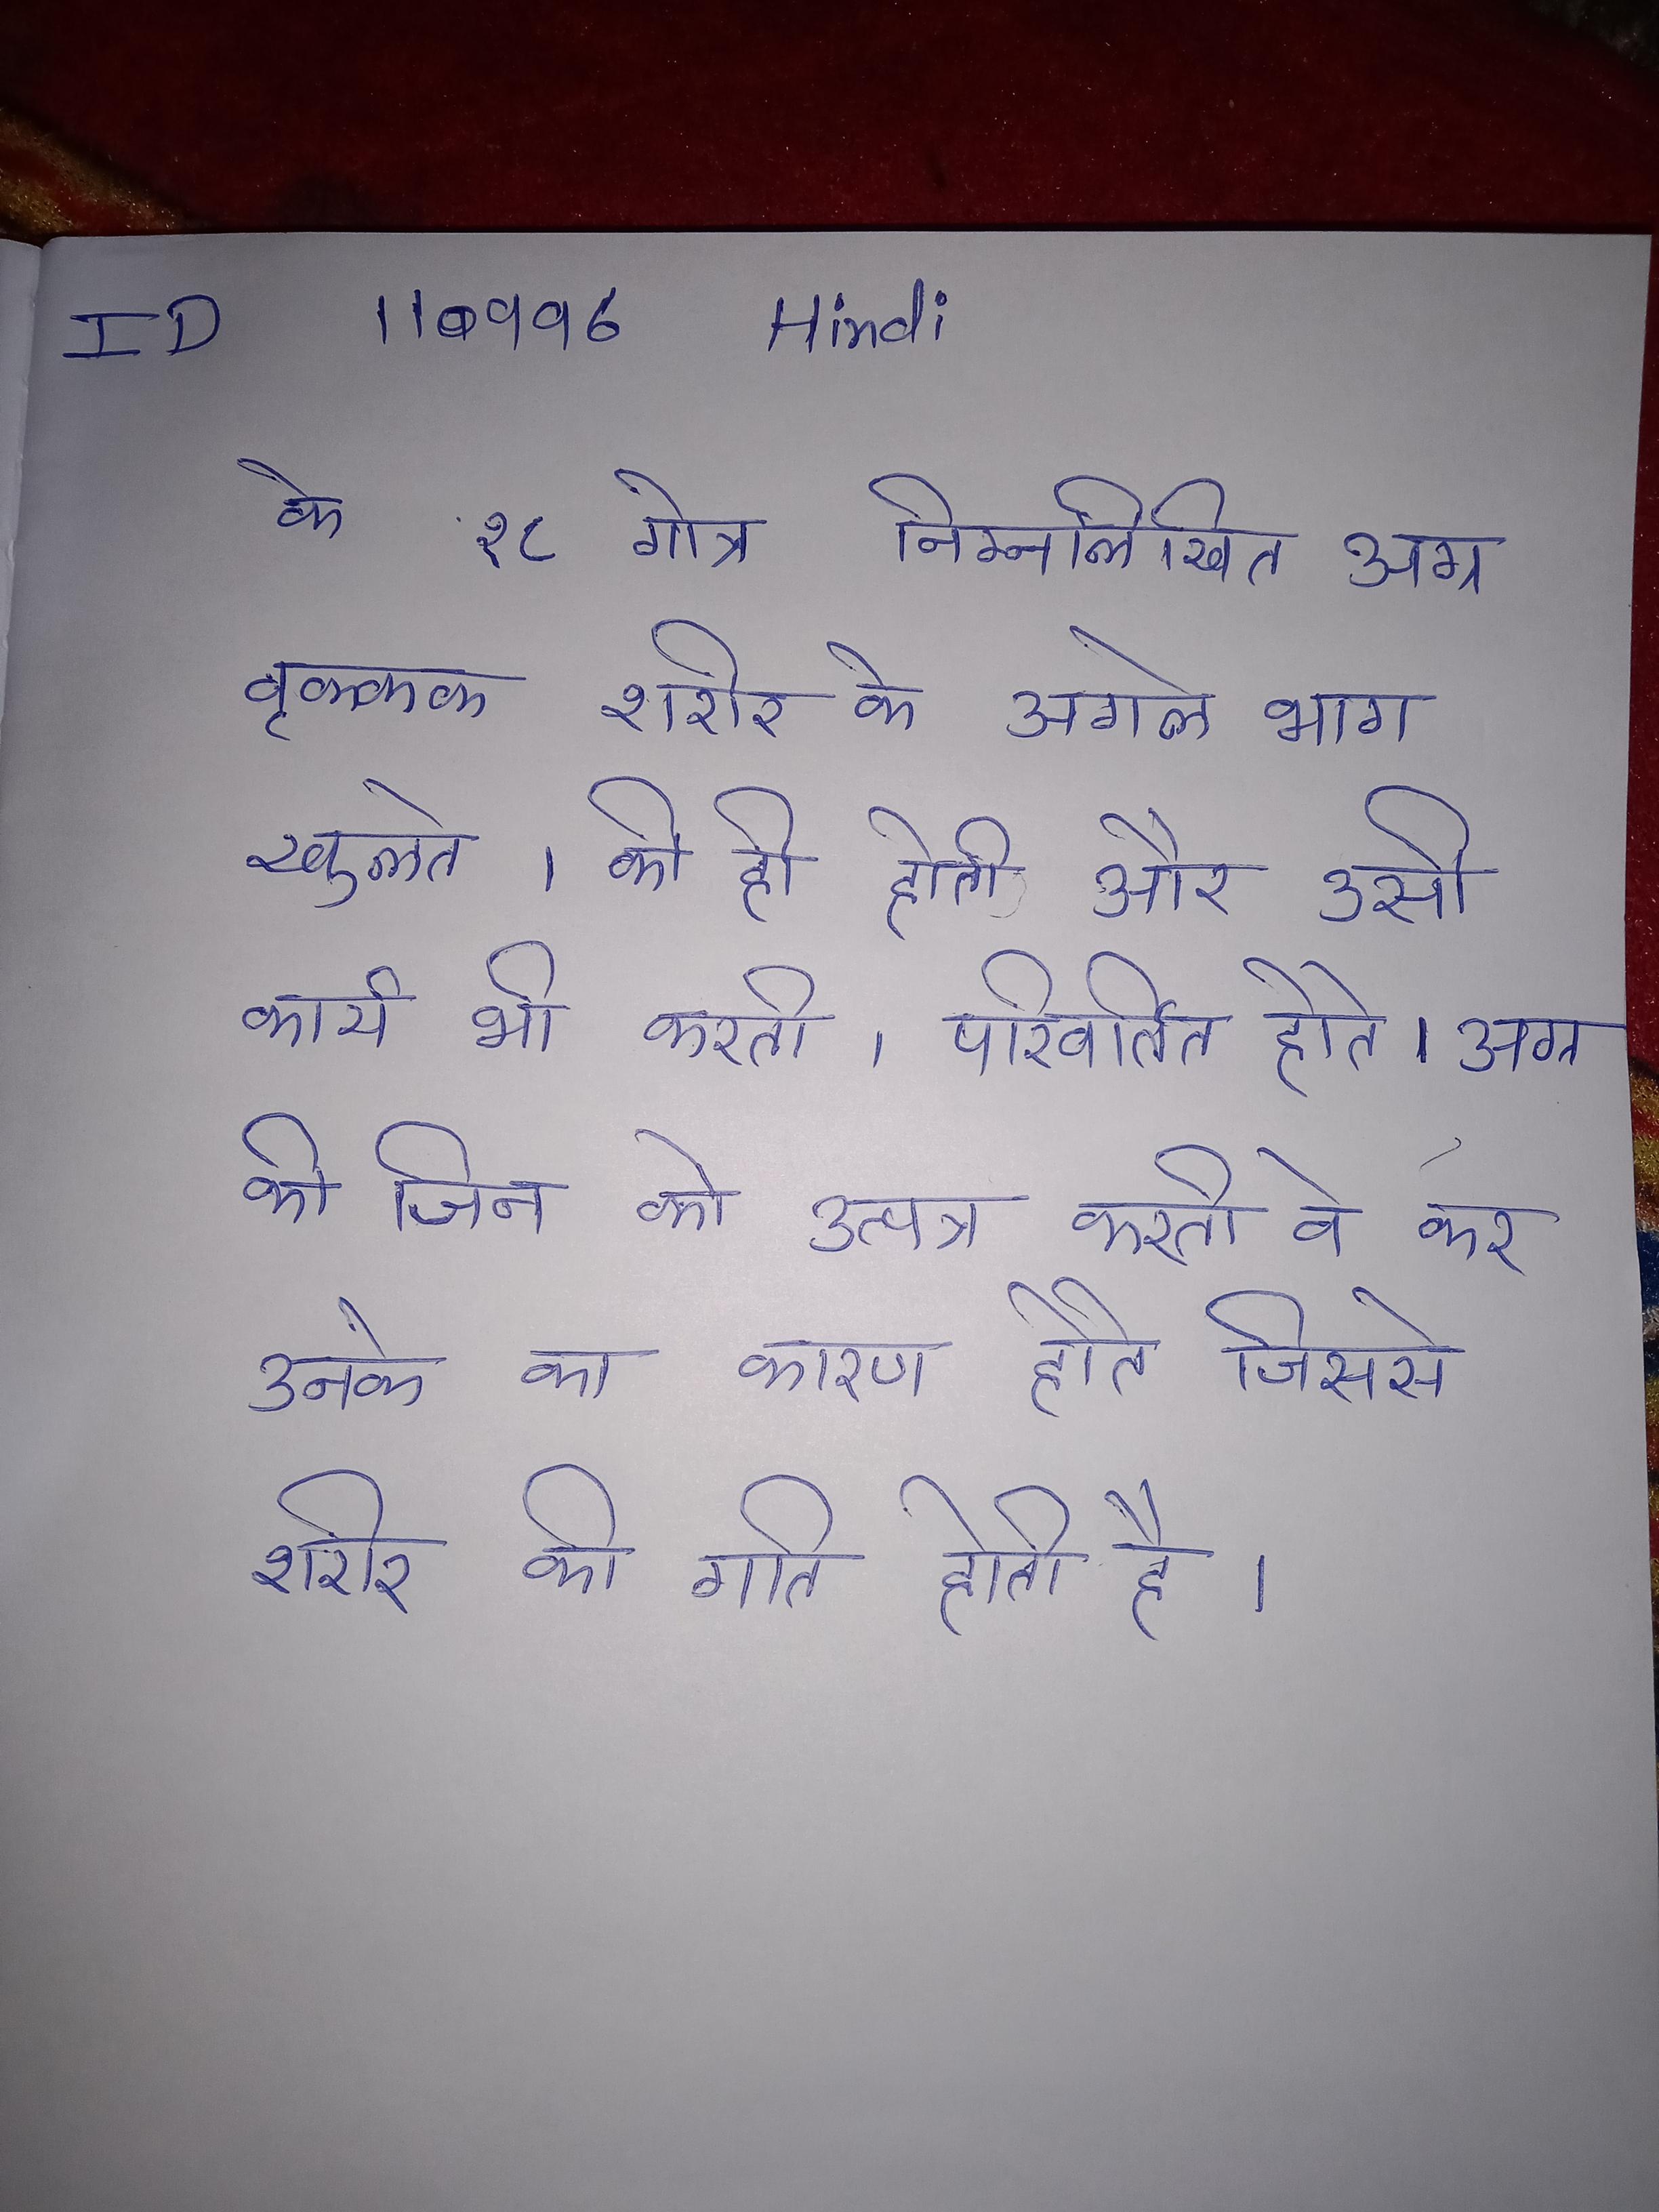
के १८ गोत्र निम्नलिखित अग्र वृक्कक शरीर के अगले भाग सूराख द्वारा बाहर खुलते । की ही होती और उसी कार्य भी करती । परिवर्तित होते । अग्र की जिन को उत्पन्न करती वे कर उनके का कारण होते जिससे शरीर की गति होती है ।